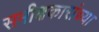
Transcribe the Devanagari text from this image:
समीक्षकारांच्या